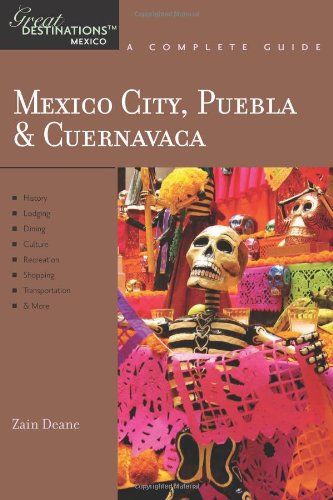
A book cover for Explorer's Guide Mexico City, Puebla & Cuernavaca: A Great Destination (Explorer's Great Destinations); Zain Deane; Travel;